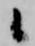
候